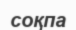
соқпа